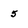
Character: 5